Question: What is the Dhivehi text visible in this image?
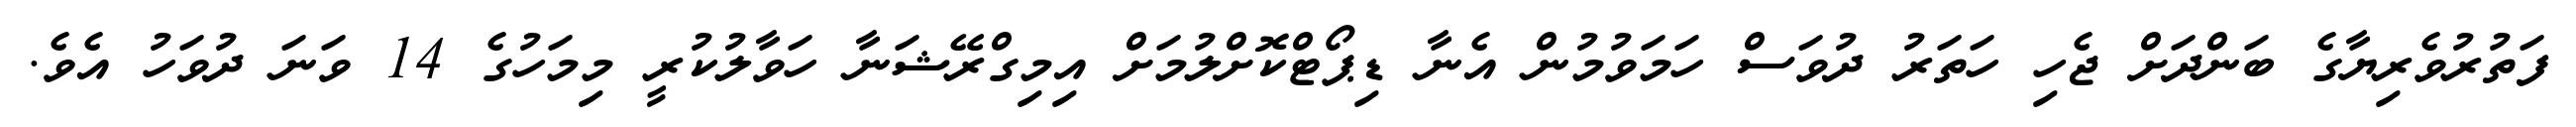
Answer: ފަތުރުވެރިޔާގެ ބަންދަށް ޖެހި ހަތަރު ދުވަސް ހަމަވުމުން އެނާ ޑިޕޯޓްކޮށްލުމަށް އިމިގްރޭޝަނާ ހަވާލުކުރީ މިމަހުގެ 14 ވަނަ ދުވަހު އެވެ.